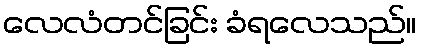
လေလံတင်ခြင်း ခံရလေသည်။